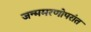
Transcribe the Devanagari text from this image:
जन्ममरणोपरांत